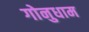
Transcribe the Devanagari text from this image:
गोनुधाम